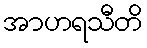
အာဟရသီတိ